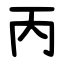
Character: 丙